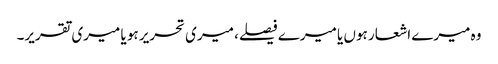
وہ میرے اشعار ہوں یا میرے فیصلے، میری تحریر ہو یا میری تقریر۔